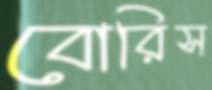
বোরিস